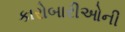
કારોબારીઓની